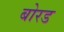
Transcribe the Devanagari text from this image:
बोरड